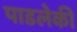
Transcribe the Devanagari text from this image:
पाडलेकी